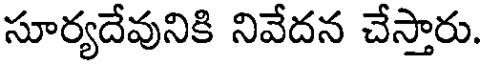
సూర్యదేవునికి నివేదన చేస్తారు.